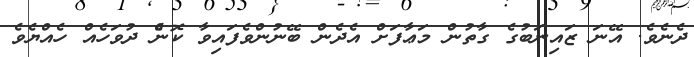
ދެނެވެ. އޭނަ ޒައިނަބުގެ ގާތުން މަޢާފަށް އެދެން ބޭނުންވެފައިވާ ކޮންެ ދުވަހެއް ހެއްޔެވެ